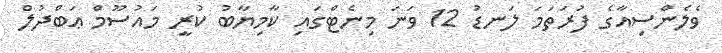
ވެލެންސިއާގެ ފުރަތަމަ ލަނޑު 12 ވަނަ މިނެޓްގައި ކާމިޔާބު ކުރީ މައުސޫމް ޢަބްދުލް